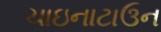
ચાઇનાટાઉન